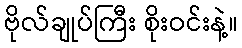
ဗိုလ်ချုပ်ကြီး စိုးဝင်းနဲ့။